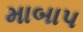
માબાપ